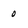
Character: 0